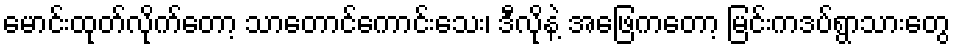
မောင်းထုတ်လိုက်တော့ သာတောင်ကောင်းသေး၊ ဒီလိုနဲ့ အဖြေကတော့ မြင်းကဒပ်ရွာသားတွေ